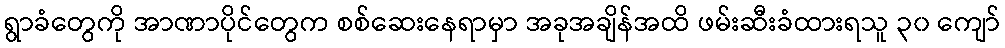
ရွာခံတွေကို အာဏာပိုင်တွေက စစ်ဆေးနေရာမှာ အခုအချိန်အထိ ဖမ်းဆီးခံထားရသူ ၃၀ ကျော်